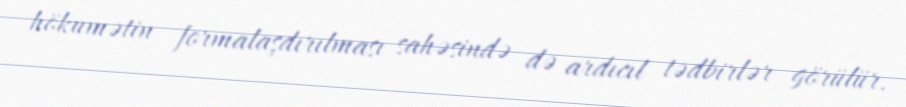
hökumətin formalaşdırılması sahəsində də ardıcıl tədbirlər görülür.